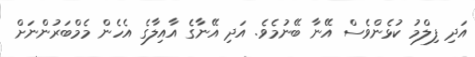
އަދި ފިލްމު ކުޅެންވެސް އޭނާ ބޭނުމެވެ. އަދި އޭނާގެ އާއިލާގެ އެހެން މެމްބަރުންނަށް